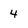
Character: 4